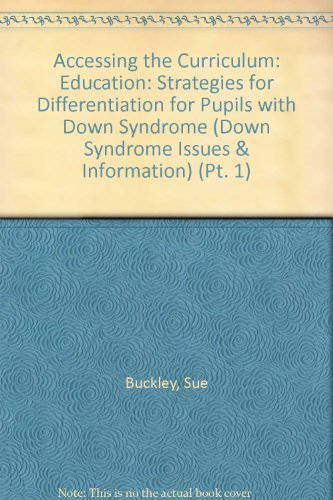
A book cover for Accessing the Curriculum: Education: Strategies for Differentiation for Pupils with Down Syndrome (Down Syndrome Issues & Information) (Pt. 1); Sue Buckley; Health, Fitness & Dieting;